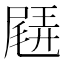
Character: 𡳊